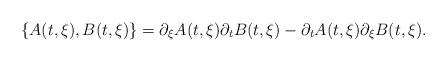
LaTeX: \begin{align*}\lbrace A(t, \xi), B(t, \xi) \rbrace = \partial_{\xi}A(t, \xi)\partial_{t}B(t, \xi) -\partial_tA(t, \xi)\partial_{\xi}B(t, \xi).\end{align*}